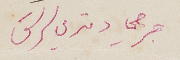
جرجي دمتري سرسق